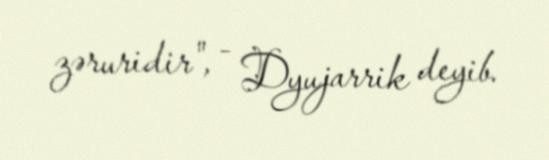
zəruridir", - Dyujarrik deyib.